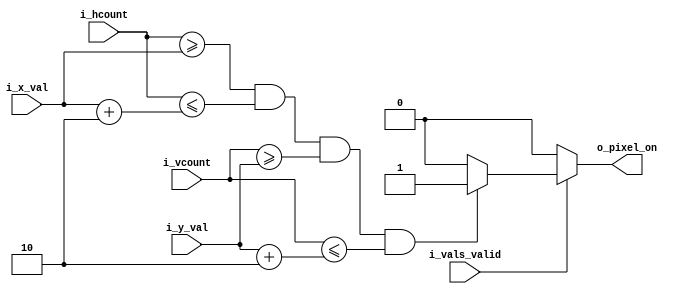
module line_logic(
    input [P_DATA_W-1:0] i_hcount,
    input [P_DATA_W-1:0] i_vcount,
    input [P_DATA_W-1:0] i_x_val,
    input [P_DATA_W-1:0] i_y_val,
    input                i_vals_valid,
    output               o_pixel_on
    );

   parameter P_DATA_W = 11;
   parameter P_SCALE  = 2;
   
   reg pixel_on;

   always @(i_hcount, i_vcount, i_x_val, i_y_val, i_vals_valid)
   begin
      pixel_on = 1'b0;
      if (i_vals_valid) begin
         if ((i_hcount >= i_x_val) && (i_hcount <= i_x_val+P_SCALE) && 
             (i_vcount >= i_y_val) && (i_vcount <= i_y_val+P_SCALE)) begin
            pixel_on = 1'b1;
         end
      end
   end

   assign o_pixel_on = pixel_on;

endmodule